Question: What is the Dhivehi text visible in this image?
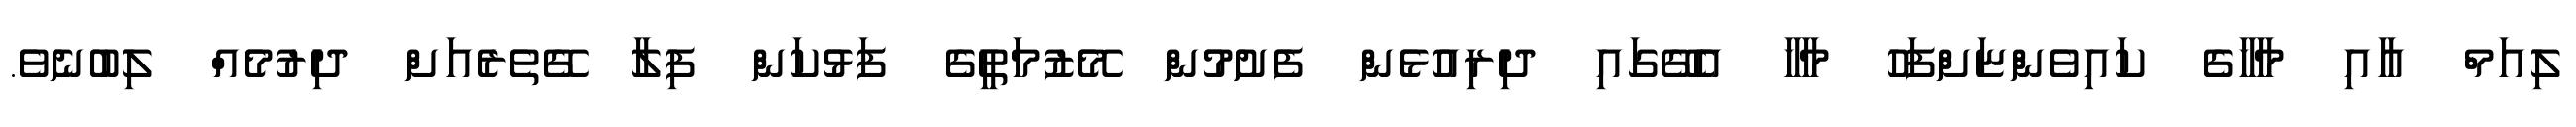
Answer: ލިއަމް އާއި މާހާގެ ކައިވެންޏަށްފަހު މާހާ އެގޭގައި ދިރިއުޅެން ފެށުމުން މޭޒުމަތީގެ ފަޅުކަން ފިލާ ގޭތެރެއަށް ދިރުމެއް ލިބުނެވެ.